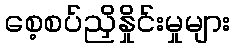
စေ့စပ်ညှိနှိုင်းမှုများ